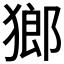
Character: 𤠸